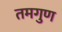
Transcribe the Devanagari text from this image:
तमगुण